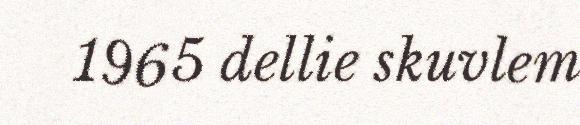
1965 dellie skuvlem